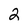
Character: 2